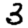
Digit: 3